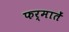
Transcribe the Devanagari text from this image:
फर्मातें